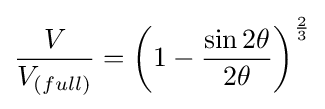
{\frac {V}{{V}_{(full)}}}={{{\biggl (}1-{\frac {\sin 2\theta }{2\theta }}{\biggr )}}^{\frac {2}{3}}}